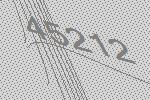
45212